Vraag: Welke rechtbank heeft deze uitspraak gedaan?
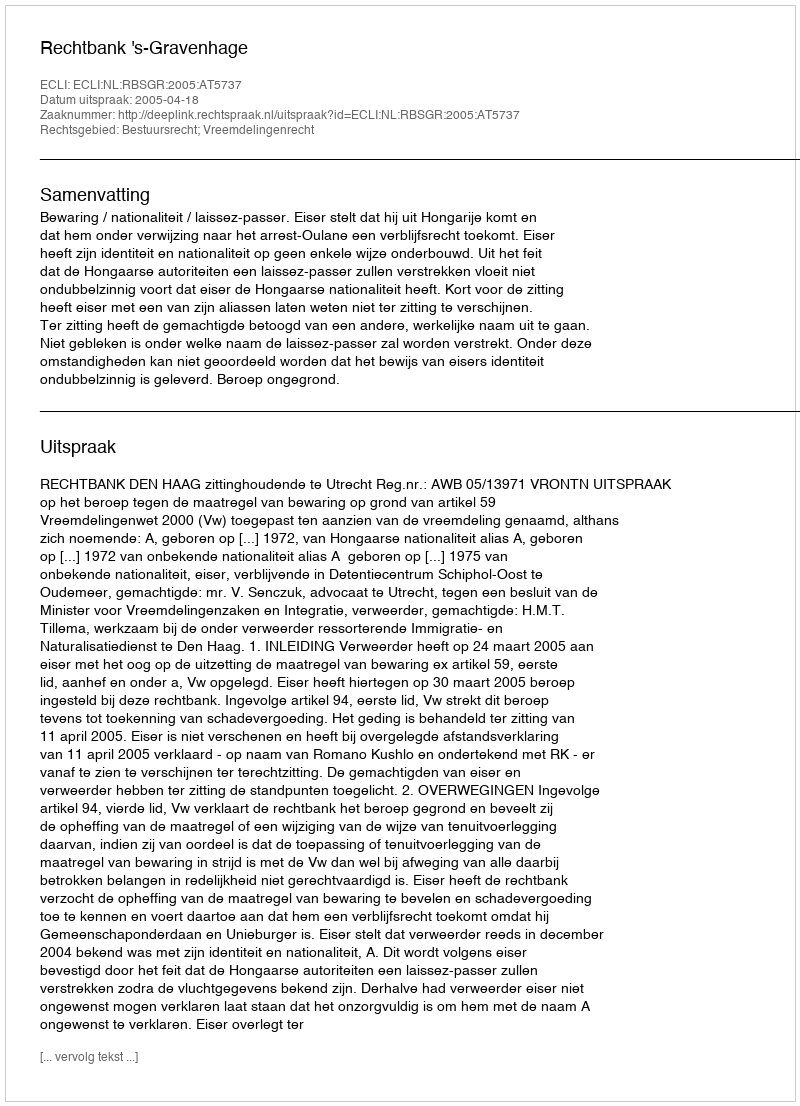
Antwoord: Rechtbank 's-Gravenhage